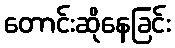
တောင်းဆိုနေခြင်း